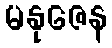
မနုဇေန